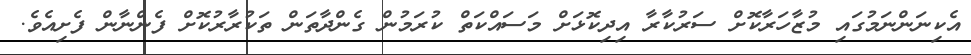
އެކިނަންނަމުގައި މުޒާހަރާކޮށް ސަރުކާރާ އިދިކޮޅަށް މަސައްކަތް ކުރަމުން ގެންދާތަން ތަކުރާރުކޮށް ފެންނާން ފެށިއެވެ.